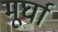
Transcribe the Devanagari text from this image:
मूर्घा